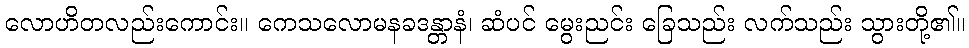
လောဟိတလည်းကောင်း။ ကေသလောမနခဒန္တာနံ၊ ဆံပင် မွေးညင်း ခြေသည်း လက်သည်း သွားတို့၏။